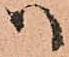
ハ